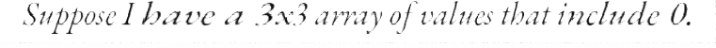
Suppose I have a 3x3 array of values that include 0.